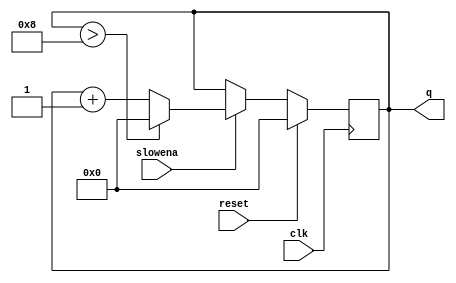
module top_module (
    input clk,
    input slowena,
    input reset,
    output [3:0] q);

    always@(posedge clk) begin
        if(reset) 
            q <= 0;
        else if(slowena) begin
            if(q >8)
                q <= 0;
            else
            	q <= q+1; 
        end
    end
endmodule